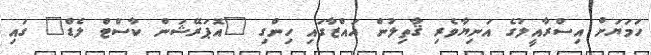
ހަމަޔަށް އިސްރާއީލުގެ އަނިޔާވެރި ޤާތިލުން ޣައްޒާގައި ހިންގި "އޮޕަރޭޝަން ކާސްޓް ލެޑް" ގައި